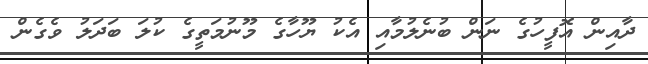
ދާއިން އޮފީހުގެ ނަން ބުނެލުމާއި އެކު ޔޫހާގެ މޫނުމަތީގެ ކުލަ ބަދަލު ވެގެން